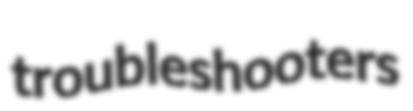
troubleshooters